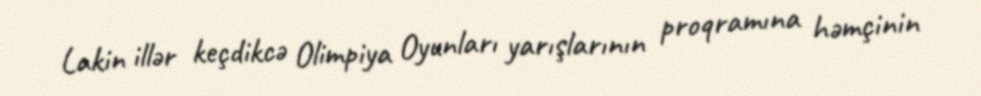
Lakin illər keçdikcə Olimpiya Oyunları yarışlarının proqramına həmçinin